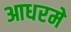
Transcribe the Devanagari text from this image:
आधरमे